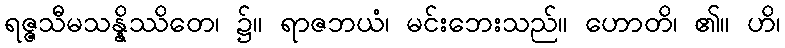
ရဇ္ဇသီမသန္နိဿိတေ၊ ၌။ ရာဇဘယံ၊ မင်းဘေးသည်။ ဟောတိ၊ ၏။ ဟိ၊